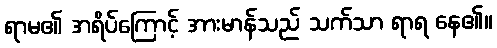
ရာမ၏ အရိပ်ကြောင့် အားမာန်သည် သက်သာ ရာရ နေ၏။